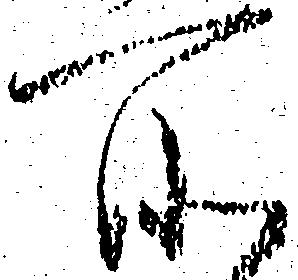
所